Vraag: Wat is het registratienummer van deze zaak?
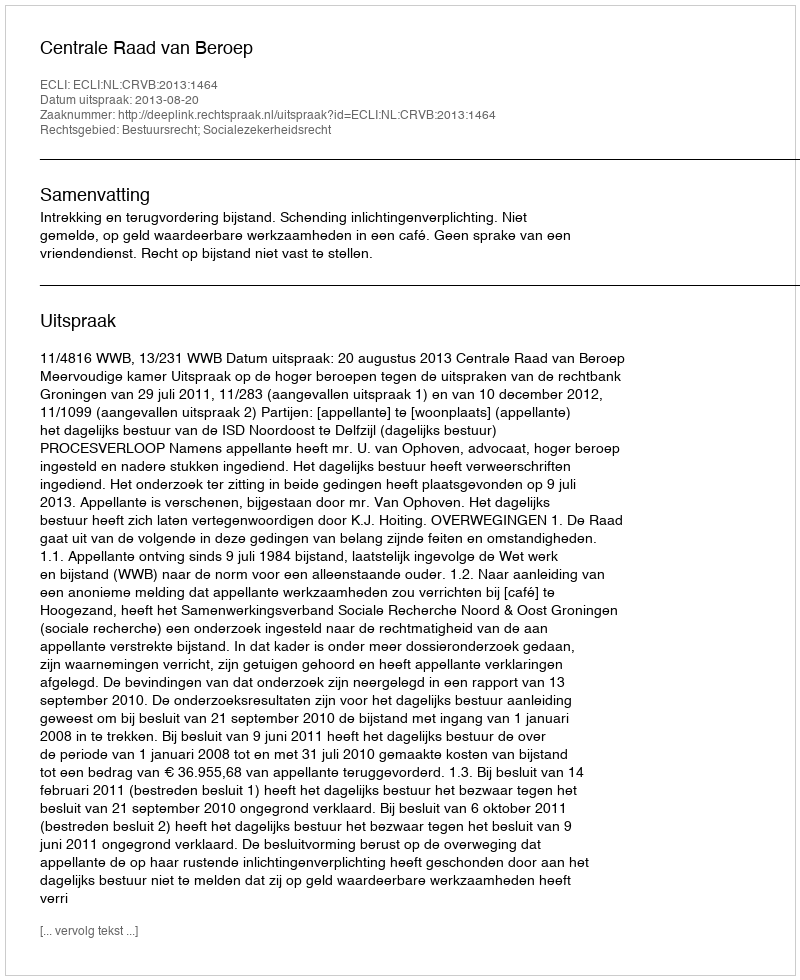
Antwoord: http://deeplink.rechtspraak.nl/uitspraak?id=ECLI:NL:CRVB:2013:1464